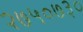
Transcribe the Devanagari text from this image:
२७५०७३०